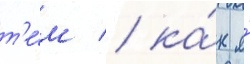
т'е́м / ка́к я́